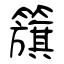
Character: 籏